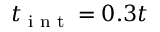
t _ { \textrm { i n t } } = 0 . 3 t